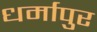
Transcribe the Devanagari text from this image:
धर्मापुर